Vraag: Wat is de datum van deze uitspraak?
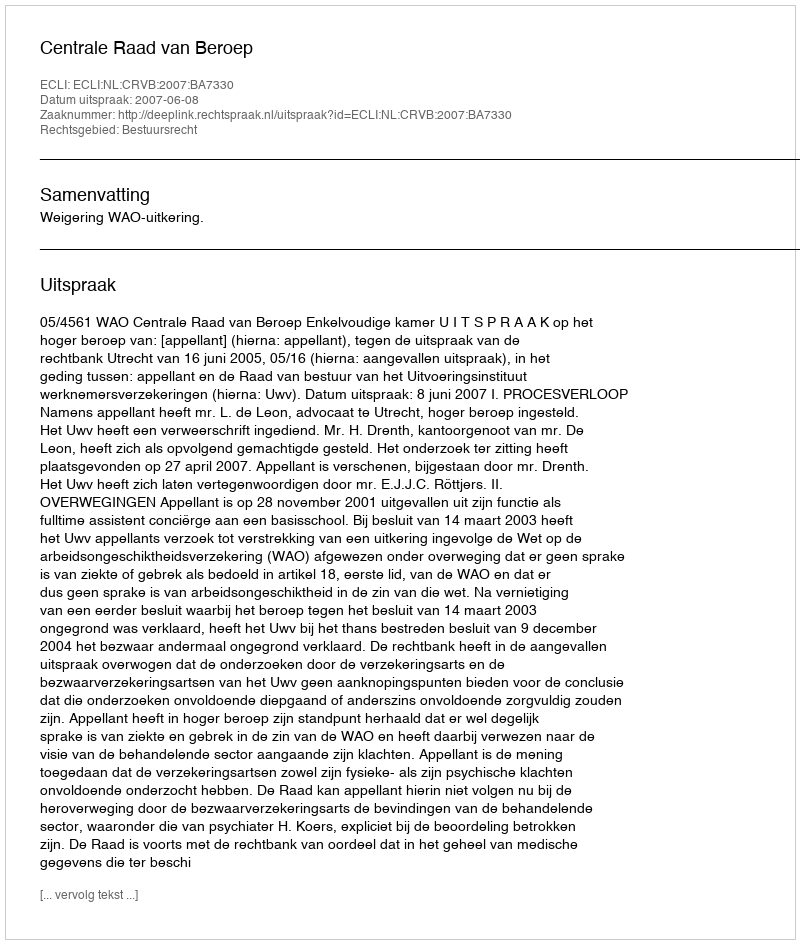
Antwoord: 2007-06-08